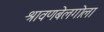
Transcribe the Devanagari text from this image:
श्रावणबेलगोला